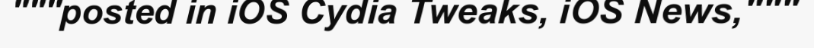
"""posted in iOS Cydia Tweaks, iOS News,"""